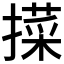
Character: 𢵛